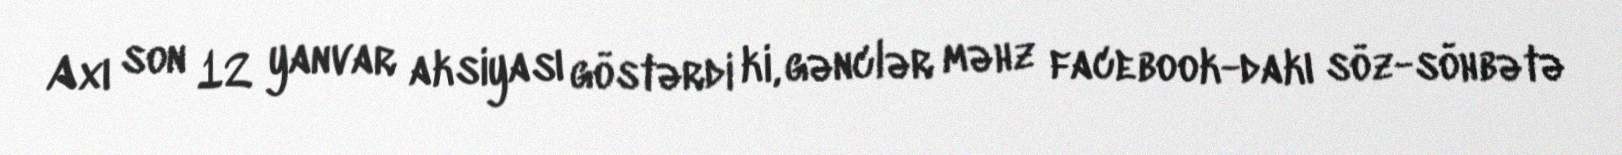
Axı son 12 yanvar aksiyası göstərdi ki, gənclər məhz facebook-dakı söz-söhbətə